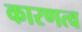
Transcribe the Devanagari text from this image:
कारणत्व